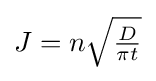
{\textstyle J=n{\sqrt {\frac {D}{\pi t}}}}